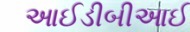
આઈડીબીઆઈ